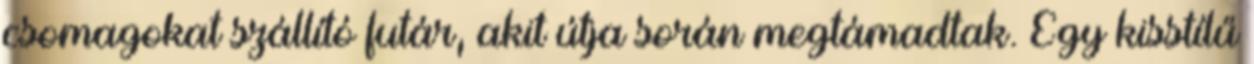
csomagokat szállító futár, akit útja során megtámadtak. Egy kisstílű